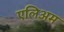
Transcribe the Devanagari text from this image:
एलिअम